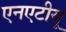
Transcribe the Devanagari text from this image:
एनएटीयू